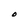
Character: O